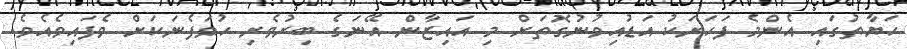
ހަޔާތުގައި އެންމެ ފަހަރަކު އަޑުއިވުނުގޮތަށް މި އައިޒާން އޭނަގެ ބިރުވެރި ހުވަފެނަކަށް ވެފައިވެއެވެ.